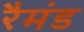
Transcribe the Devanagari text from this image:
रैमंड